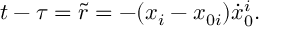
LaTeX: t - \tau = \tilde { r } = - ( x _ { i } - x _ { 0 i } ) { \dot { x } } _ { 0 } ^ { i } .